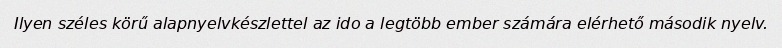
Ilyen széles körű alapnyelvkészlettel az ido a legtöbb ember számára elérhető második nyelv.